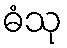
ဓံသု